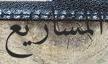
المشاریع